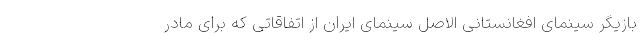
بازیگر سینمای افغانستانی الاصل سینمای ایران از اتفاقاتی که برای مادر